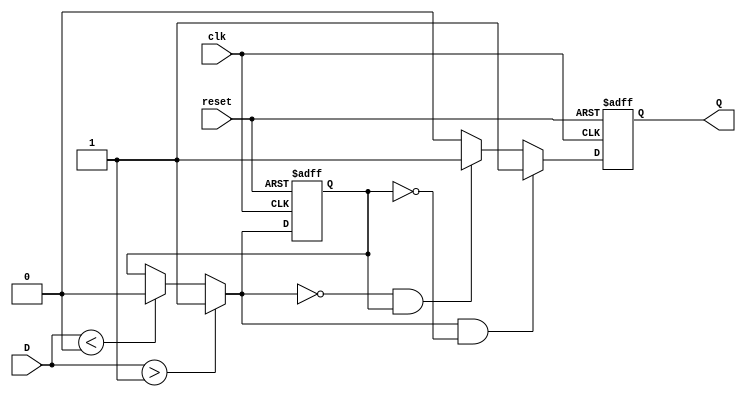
module schmitt_trigger_edge_detector (
    input wire clk,             // Clock signal
    input wire reset,           // Asynchronous reset
    input wire D,               // Input signal (noisy)
    output reg Q                // Output signal (edge detection)
);

    // Parameters for Schmitt Trigger thresholds
    parameter HIGH_THRESHOLD = 1; // Define high threshold for Schmitt Trigger
    parameter LOW_THRESHOLD = 0;   // Define low threshold for Schmitt Trigger

    // Internal signals
    reg D_clean;                 // Cleaned signal after Schmitt trigger
    reg D_prev;                  // Previous state of cleaned signal

    // Schmitt Trigger logic
    always @* begin
        if (D > HIGH_THRESHOLD) begin
            D_clean = 1;         // Signal is high
        end else if (D < LOW_THRESHOLD) begin
            D_clean = 0;         // Signal is low
        end else begin
            D_clean = D_prev;     // Retain previous state if in between
        end
    end

    // Edge detection and state storage
    always @(posedge clk or posedge reset) begin
        if (reset) begin
            D_prev <= 0;          // Initialize previous state on reset
            Q <= 0;               // Initialize output
        end else begin
            Q <= 0;               // Default output to 0
            // Detect rising edge
            if (D_clean && !D_prev) begin
                Q <= 1;           // Rising edge detected
            end
            // Detect falling edge
            else if (!D_clean && D_prev) begin
                Q <= 1;           // Falling edge detected
            end
            D_prev <= D_clean;    // Update previous state
        end
    end

endmodule